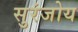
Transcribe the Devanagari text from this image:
सुरंजोय